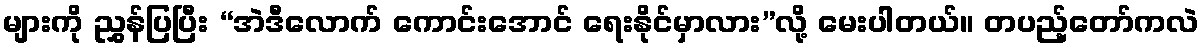
များကို ညွှန်ပြပြီး “အဲဒီလောက် ကောင်းအောင် ရေးနိုင်မှာလား”လို့ မေးပါတယ်။ တပည့်တော်ကလဲ